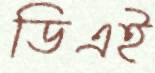
ডিএই